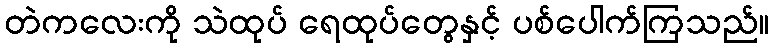
တဲကလေးကို သဲထုပ် ရေထုပ်တွေနှင့် ပစ်ပေါက်ကြသည်။